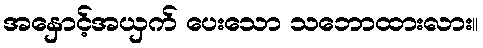
အနှောင့်အယှက် ပေးသော သဘောထားလား။